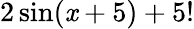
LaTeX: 2\sin(\mathit{x}+5)+5!